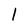
Character: l